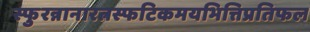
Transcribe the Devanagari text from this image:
स्फुरन्नानारत्नस्फटिकमयभित्तिप्रतिफल